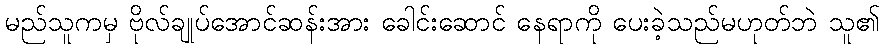
မည်သူကမှ ဗိုလ်ချုပ်အောင်ဆန်းအား ခေါင်းဆောင် နေရာကို ပေးခဲ့သည်မဟုတ်ဘဲ သူ၏